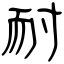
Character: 耐